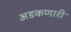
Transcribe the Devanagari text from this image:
अडकणारी